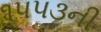
૧૫૫૩ની